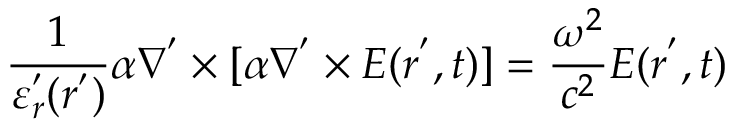
\frac { 1 } { \varepsilon _ { r } ^ { ' } ( r ^ { ' } ) } \alpha \nabla ^ { ' } \times [ \alpha \nabla ^ { ' } \times E ( r ^ { ' } , t ) ] = \frac { \omega ^ { 2 } } { c ^ { 2 } } E ( r ^ { ' } , t )